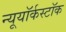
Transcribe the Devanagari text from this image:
न्यूयॉर्कस्टॉक